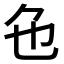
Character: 𬼜